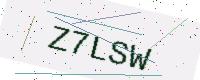
Text: Z7LSW